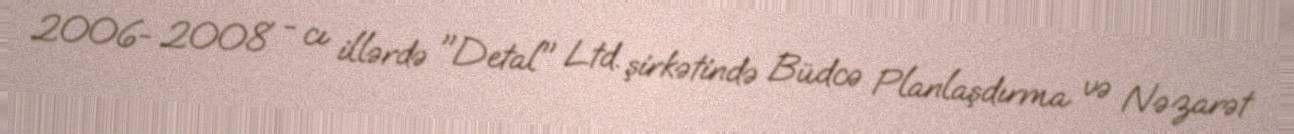
2006- 2008 - cı illərdə "Detal" Ltd. şirkətində Büdcə Planlaşdırma və Nəzarət